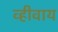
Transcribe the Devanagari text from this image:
व्हीवाय